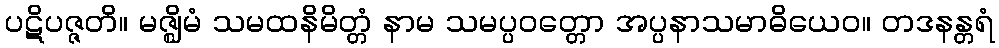
ပဋိပဇ္ဇတိ။ မဇ္ဈိမံ သမထနိမိတ္တံ နာမ သမပ္ပဝတ္တော အပ္ပနာသမာဓိယေဝ။ တဒနန္တရံ